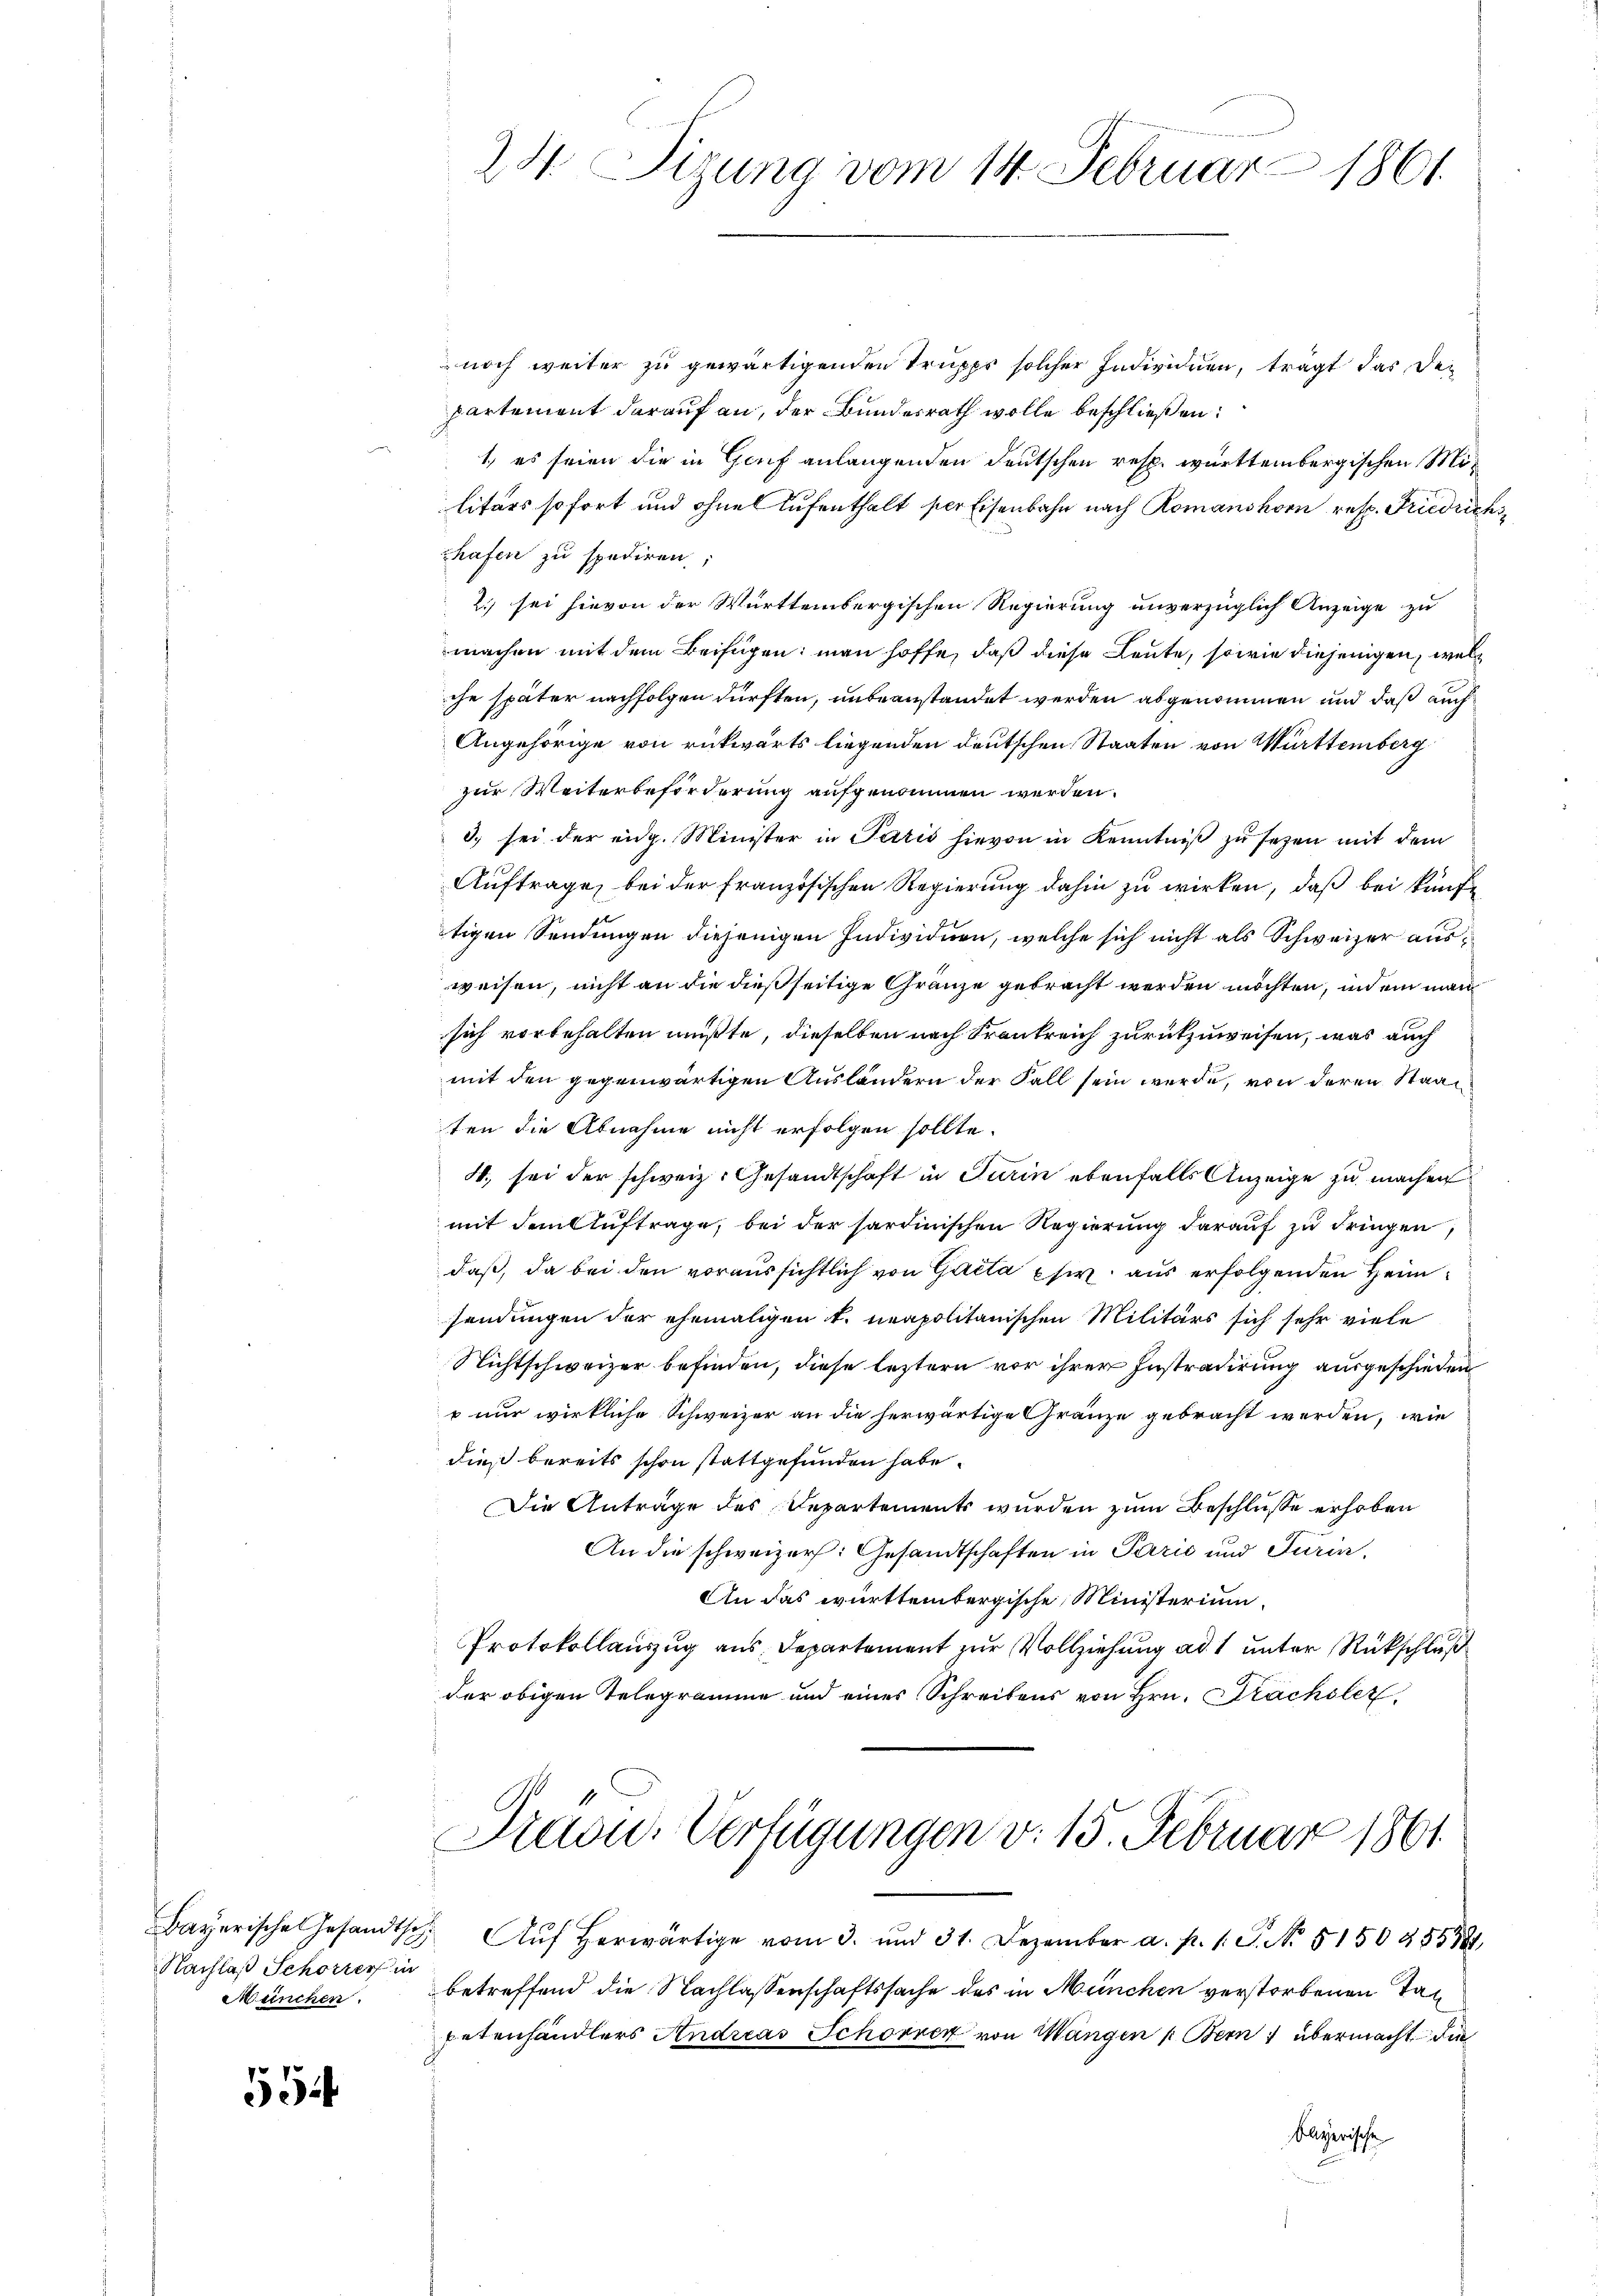
Nachlaß Schorrer in
München.

554

noch weiter zu gewärtigenden Truppe solcher Individuen, trägt das Departement darauf an, der Bundesrath wolle beschließen:
1., es seien die in Genf anlangenden deutschen resp. württembergischen Militärs sofort und ohne Aufenthalt der Eisenbahn nach Romanshorn resp. Friedrich
hafen zu spediren;
2.) sei hievon der Württembergischen Regierung unverzüglich Anzeige zu
machen mit dem Beifügen: man hoffe, daß diese Leute, sowie diejenigen, welch
che später nachfolgen dürften, unbeanstandet werden abgenommen und daß auch
Angehörige von rückwärts liegenden deutschen Staaten von Württemberg
zur Weiterbeförderung aufgenommen werden.
3. sei der eidg. Minister in Paris hievon in Kenntniß zu sezen mit dem
Auftrage, bei der französischen Regierung dahin zu wirken, daß bei künft
tigen Sendungen diejenigen Individuen, welche sich nicht als Schweizer ausweisen, nicht an die dießseitige Gränze gebracht werden möchten, indem man
sich vorbehalten mußte, dieselben nach Krankreich zurückzuweisen, was auch
mit den gegenwärtigen Ausländern der Fall sein werde, von deren Staat
ten die Abnahme nicht erfolgen sollte.
4., sei der schweiz. Gesandtschaft in Turin ebenfalls Anzeige zu machen
mit dem Auftrage, bei der hartinischen Regierung darauf zu dringen,
daß, da bei den voraussichtlich von Gatta usw. aus erfolgenden Heimsendungen der ehemaligen k. neapolitanischen Militärs sich sehr viele
Nichtschweizer befinden, diese leztern vor ihrer Instradirung ausgeschieden
t nur wirkliche Schweizer an die herwärtige Gränze gebracht werden, wie
dieß bereits schon stattgefunden habe.
Die Anträge des Departements wurden zum Beschlüsse erhoben
An die schweizer. Gesandtschaften in Paris und Turin,
An das württembergische Ministerium
Protokollauszug aus Departement zur Vollziehung ad 1 unter Rückschluß
der obigen Telegramme und eines Schreibens von Hrn. Trachsler,
Präsid. Verfügungen v. 15. Februar 1861
Bayerische Gesandtsch. Aŭf herwärtige vom 3. und 31. Dezember a. p. 1. J. No. 5150455881
betreffend die Nachlassenschaftssache des in München verstorbenen Tapetenhändlers Andreas Schorver von Wangen Bern 1 übermacht die
bayerische

24. Sizung vom 14. Februar 1861